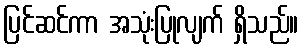
ပြင်ဆင်ကာ အသုံးပြုလျက် ရှိသည်။